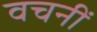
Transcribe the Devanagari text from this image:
वचनीं